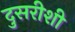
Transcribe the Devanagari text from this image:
दुसरीशी